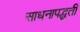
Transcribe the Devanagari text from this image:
साधनापद्धती